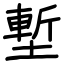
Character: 塹